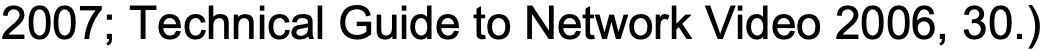
2007; Technical Guide to Network Video 2006, 30.)